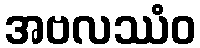
အဗလဿံဝ